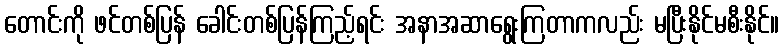
တောင်းကို ဖင်တစ်ပြန် ခေါင်းတစ်ပြန်ကြည့်ရင်း အနာအဆာရွေးကြတာကလည်း မပြီးနိုင်မစီးနိုင်။